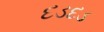
દડદડ